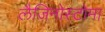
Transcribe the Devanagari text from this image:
लैजिनोस्टोमा